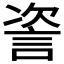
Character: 𬢤